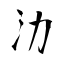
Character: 氻